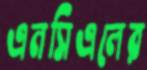
এনসিএলের